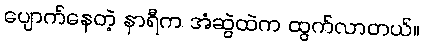
ပျောက်နေတဲ့ နာရီက အံဆွဲထဲက ထွက်လာတယ်။